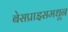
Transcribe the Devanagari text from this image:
बेसप्राइसमधून